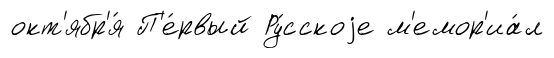
окт'ябр'я́ П'е́рвый Ру́сскоjе м'емор'иа́л